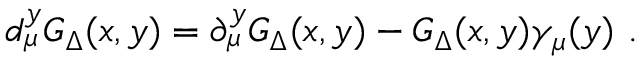
d _ { \mu } ^ { y } G _ { \Delta } ( x , y ) = \partial _ { \mu } ^ { y } G _ { \Delta } ( x , y ) - G _ { \Delta } ( x , y ) \gamma _ { \mu } ( y ) ~ .